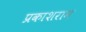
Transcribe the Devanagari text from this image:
प्रकाशराम